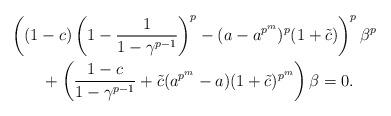
LaTeX: \begin{align*} & \left((1-c)\left(1-\frac{1}{1-\gamma^{p-1}}\right)^p-(a-a^{p^m})^p(1+\tilde c)\right)^p \beta^p\\ & \qquad+ \left({ \dfrac{1-c}{1-\gamma^{p-1}}}+\tilde c(a^{p^m}-a)(1+\tilde c )^{p^m} \right)\beta =0.\end{align*}